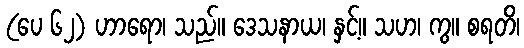
(ပေ ၆၂) ဟာရော၊ သည်။ ဒေသနာယ၊ နှင့်။ သဟ၊ ကွ။ စရတိ၊